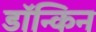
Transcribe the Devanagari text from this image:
डॉन्किन